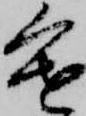
進